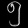
Digit: ၅